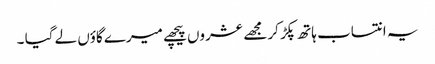
یہ انتساب ہاتھ پکڑ کر مجھے عشروں پیچھے میرے گاؤں لے گیا ۔